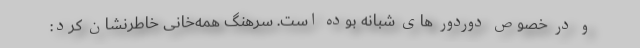
و در خصوص دوردور های شبانه بوده است. سرهنگ همه‌خانی خاطرنشان کرد: